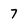
Character: 7